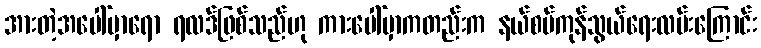
အားတဲ့အပေါ်မှာရော ရလဒ်ဖြစ်သည်ဟု ကားပေါ်မှာကတည်းက နယ်စပ်ကုန်သွယ်ရေးလမ်းကြောင်း